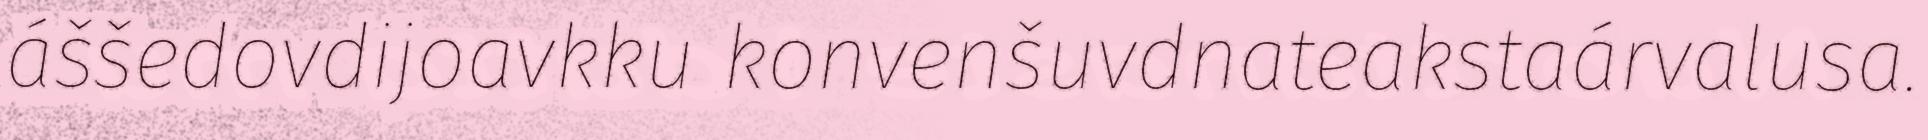
áššedovdijoavkku konvenšuvdnateakstaárvalusa.